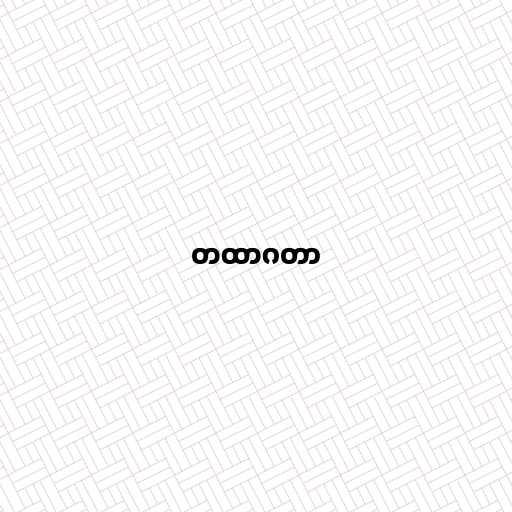
တထာဂတာ